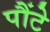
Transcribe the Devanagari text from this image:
पौंटे